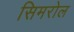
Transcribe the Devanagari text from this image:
सिमरोल